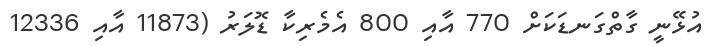
އުޅޭނީ ގާތްގަނޑަކަށް 770 އާއި 800 އެމެރިކާ ޑޮލަރު (11873 އާއި 12336